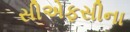
સીએફસીના